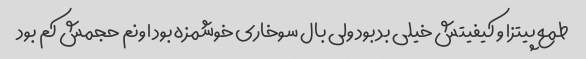
طمع پیتزا و کیفیتش خیلی بد بود ولی بال سوخاری خوشمزه بود اونم حجمش کم بود